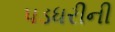
પડધરીની